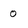
Character: o